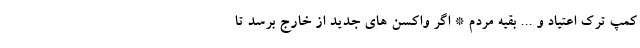
کمپ ترک اعتیاد و ... بقیه مردم * اگر واکسن های جدید از خارج برسد تا